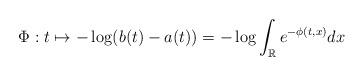
LaTeX: \begin{align*}\Phi: t \mapsto -\log (b(t)-a(t)) =-\log\int_{\mathbb R} e^{-\phi(t,x)} dx \end{align*}